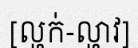
[ល្ហក់-ល្ហាវ]